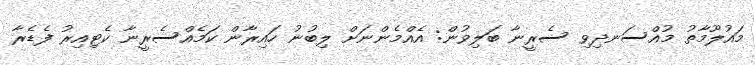
މައުލޫމާތު މުއްސަނދިވި ސެރީނާ ބަލިވުން: އެއްމެންނަށް ލިބުނު ހައިރާން ކަމެއްސެރީނާ ކެޓިއިރު ފެޑެރާ